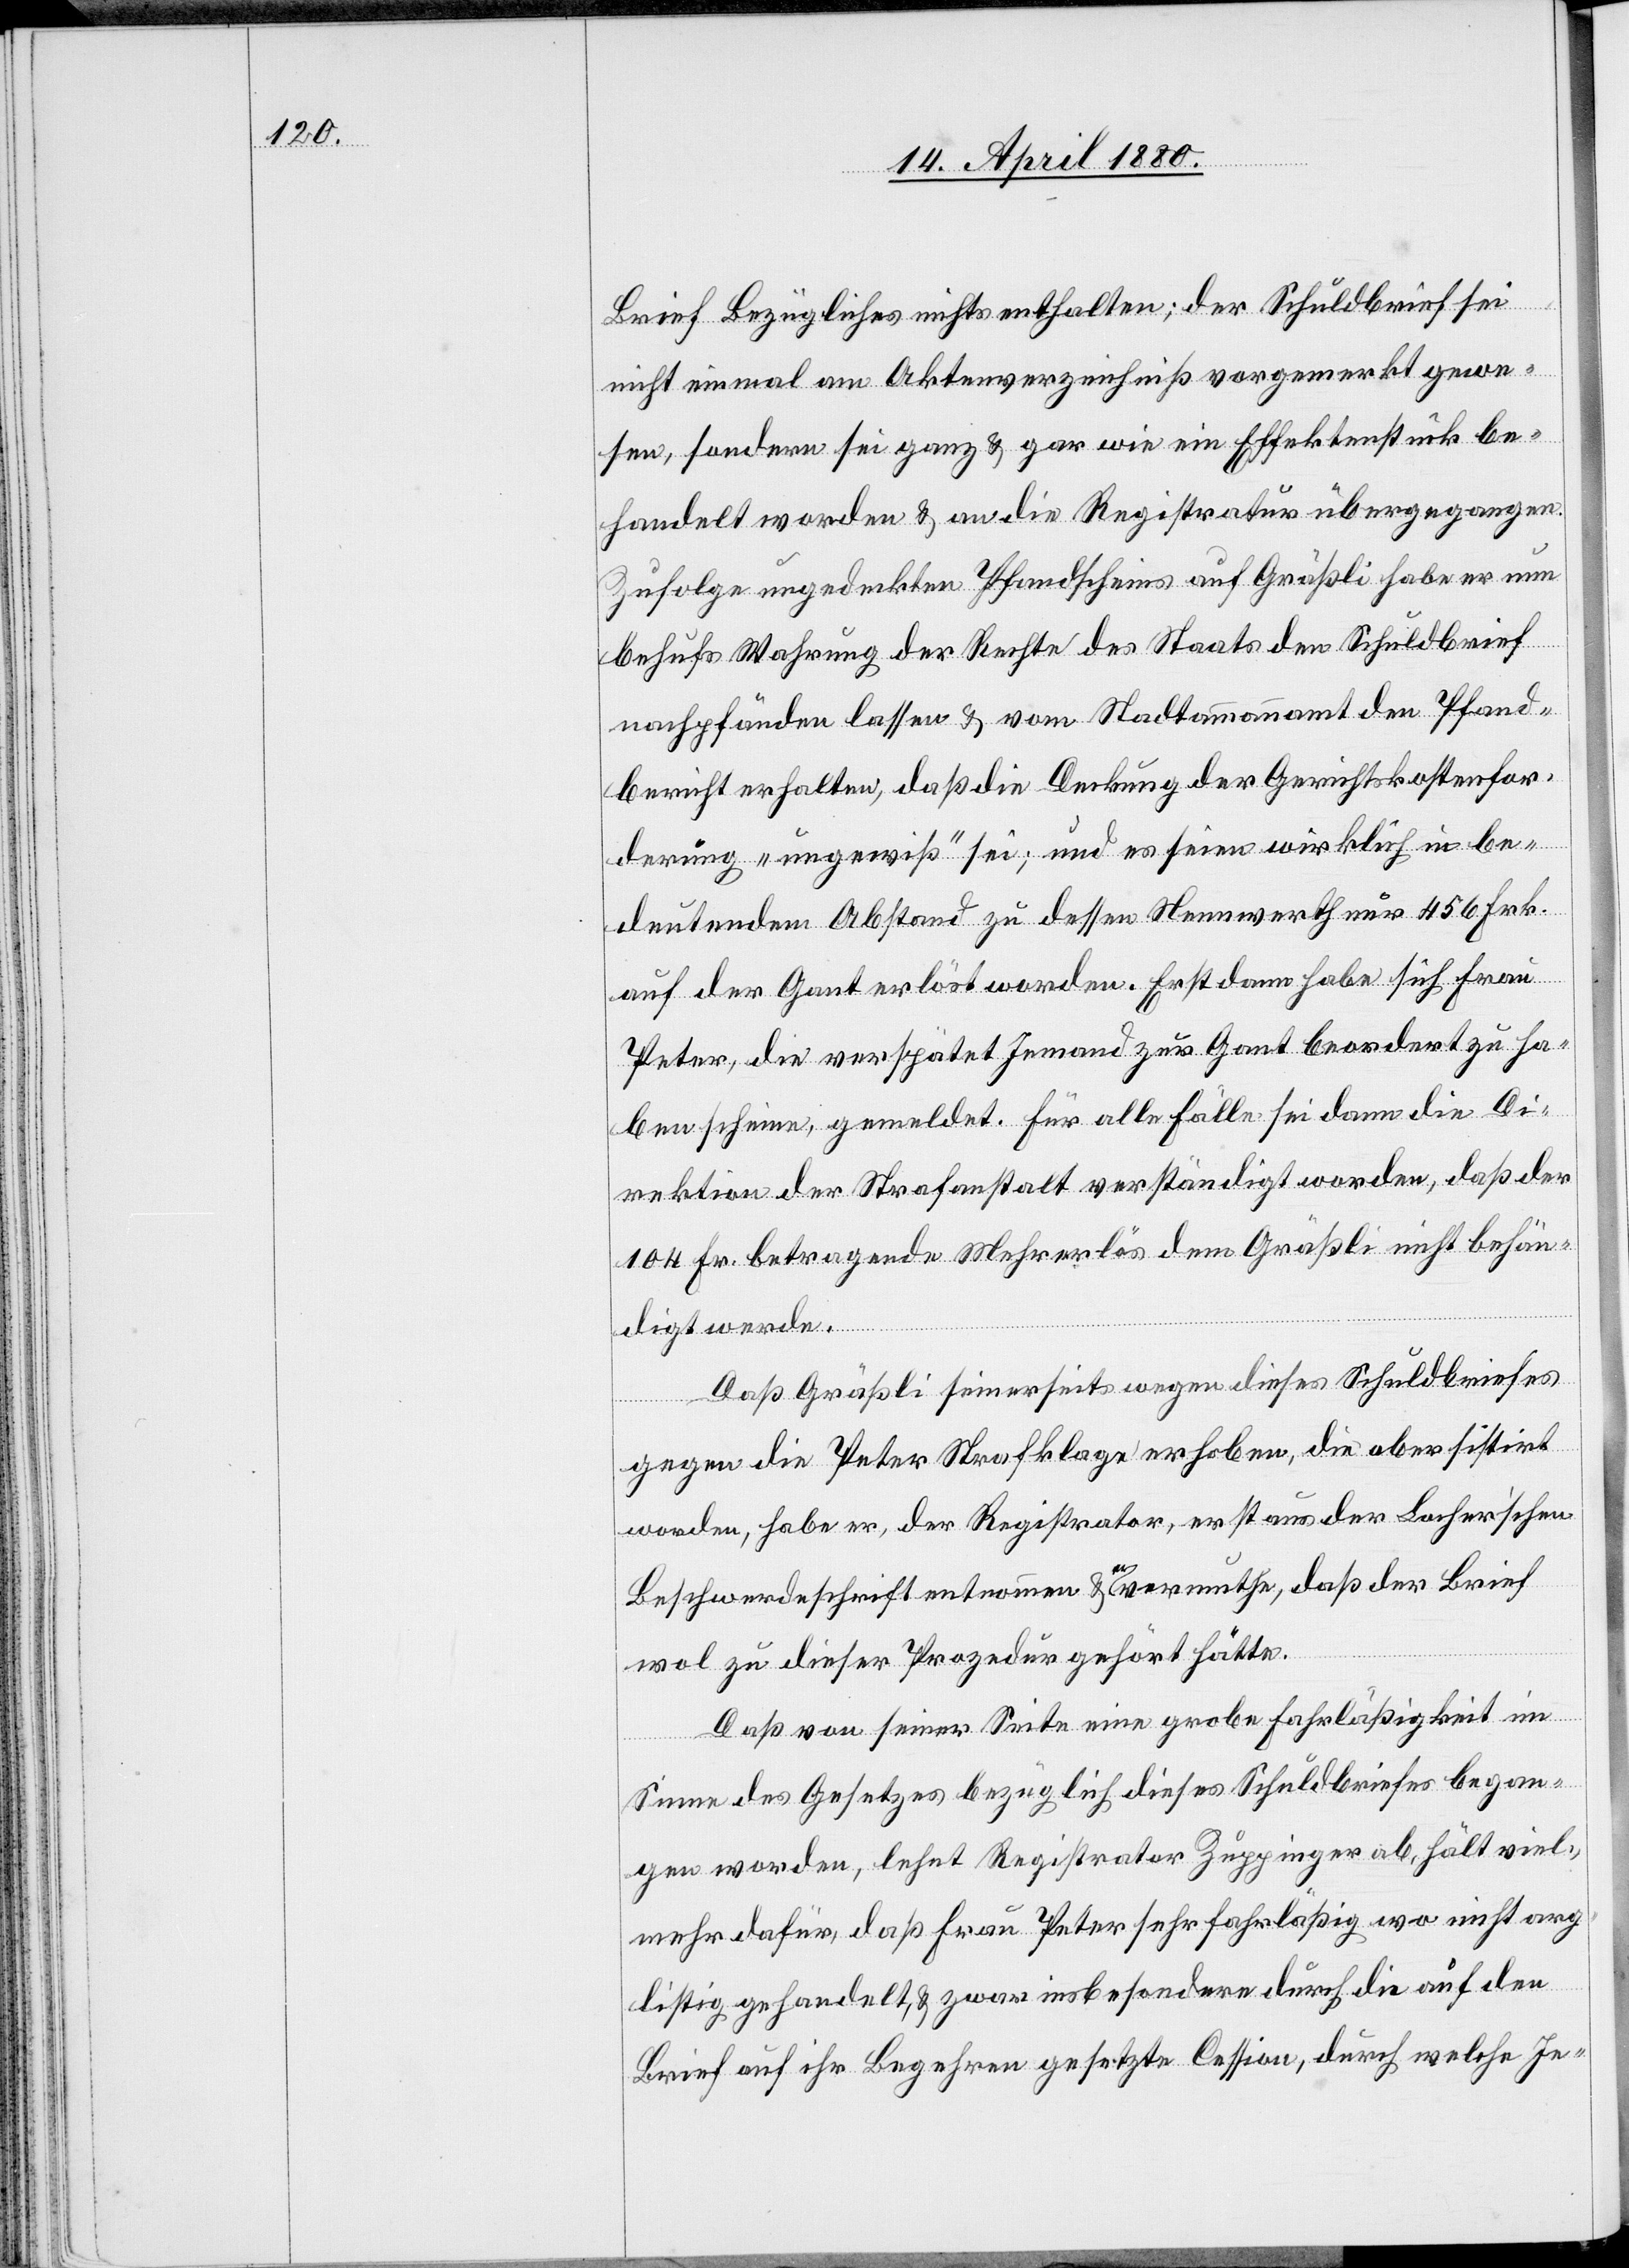
Brief Bezügliches nichts enthalten; der Schuldbrief sei
nicht einmal am Aktenverzeichniß vorgemerkt gewe¬
sen, sondern sei ganz & gar wie ein Effektenstück be¬
handelt worden & an die Registratur übergegangen.
Zufolge ungedeckten Pfandscheins auf Gräßli habe er nun
behufs Wahrung der Rechte des Staats den Schuldbrief
nachpfänden lassen & vom Stadtammannamt den Pfand¬
bericht erhalten, daß die Deckung der Gerichtskostenfor¬
derung „ungewiß“ sei; und es seien wirklich in be¬
deutendem Abstand zu dessen Nennwerth nur 456 Frk.
auf der Gant erlöst worden. Erst dann habe sich Frau
Peter, die verspätet Jemand zur Gant beordert zu ha¬
ben scheine, gemeldet. Für alle Fälle sei dann die Di¬
rektion der Strafanstalt verständigt worden, daß der
104 Fr. betragende Mehrerlös dem Gräßli nicht behän¬
digt werde.
Daß Gräßli seinerseits wegen dieses Schuldbriefes
gegen die Peter Strafklage erhoben, die aber sistirt
worden, habe er, der Registrator, erst aus der Locher’schen
Beschwerdeschrift entnommen & a-er-a vermuthe, daß der Brief
wol zu dieser Prozedur gehört hätte.
Daß von seiner Seite eine grobe Fahrläßigkeit im
Sinne des Gesetzes bezüglich dieses Schuldbriefes began¬
gen worden, lehnt Registrator Zuppinger ab, hält viel¬
mehr dafür, daß Frau Peter sehr fahrläßig, wo nicht arg¬
listig gehandelt & zwar insbesondere durch auf den
Brief auf ihr Begehren gesetztes Cession, durch welche Je-